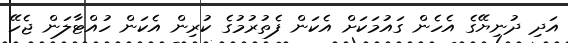
އަދި ދުނިޔޭގެ އެހެން ގައުމަކަށް އެކަން ފެތުރުމުގެ ކުރިން އެކަން ހުއްޓާލަން ޖެހޭ